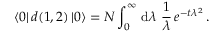
\langle 0 | \, d ( 1 , 2 ) \, | 0 \rangle = { \cal N } \int _ { 0 } ^ { \infty } \, \mathrm { d } \lambda \, \, \frac { 1 } { \lambda } \, e ^ { - t \lambda ^ { 2 } } \, .